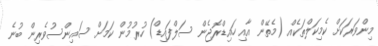
މިންވަރަކަށް ކެމިކަލްތަކެއް (މެތޭން އާއި ހައިޑްރޮޖެން ސަލްފައިޑް) ހުރުމުން ކަމަށް ސައިންސުވެރިން ބުނެ